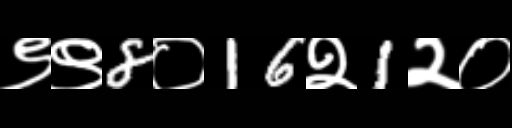
Text: ९९8०16२1२०